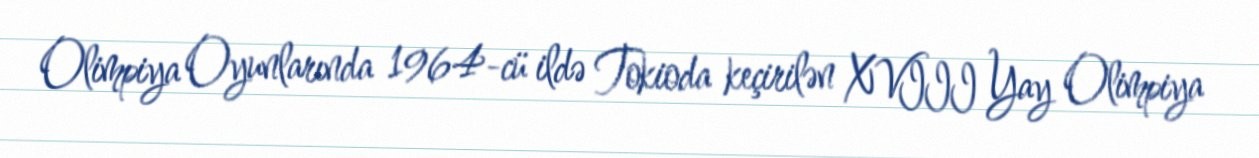
Olimpiya Oyunlarında 1964-cü ildə Tokioda keçirilən XVIII Yay Olimpiya